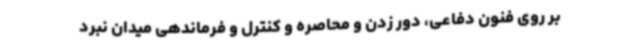
بر روی فنون دفاعی، دور زدن و محاصره و کنترل و فرماندهی میدان نبرد